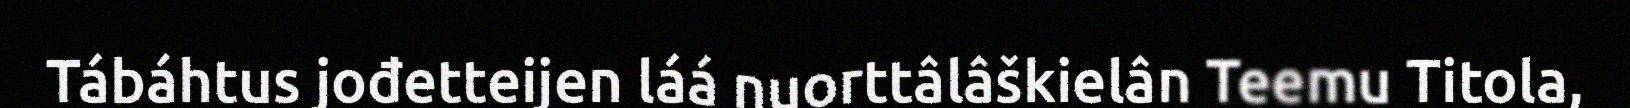
Tábáhtus jođetteijen láá nuorttâlâškielân Teemu Titola,